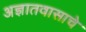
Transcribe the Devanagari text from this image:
अज्ञातवासाचे